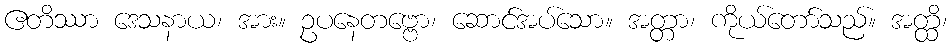
ဧတိဿာ ဒေသနာယ၊ အား။ ဥပနေတဗ္ဗော၊ ဆောင်အပ်သော။ အတ္တာ၊ ကိုယ်တော်သည်။ အတ္ထိ၊